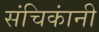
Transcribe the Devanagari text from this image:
संचिकांनी